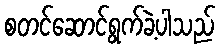
စတင်ဆောင်ရွက်ခဲ့ပါသည်